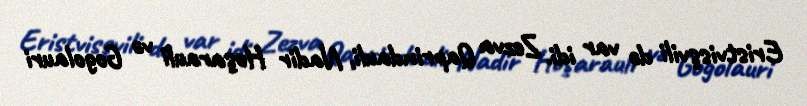
Eristvisşvili də var idi. Zezva Qaprindauli, Nadir Hoşarauli və Gogolauri